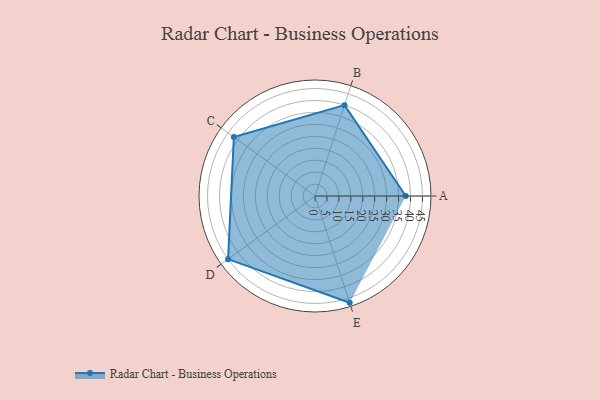
{"axis": {"x": "Skill", "y": "Score"}, "legend": ["Profile"], "data": [{"x": "A", "y": 38.0, "type": "Profile"}, {"x": "B", "y": 40.0, "type": "Profile"}, {"x": "C", "y": 42.0, "type": "Profile"}, {"x": "D", "y": 45.0, "type": "Profile"}, {"x": "E", "y": 47.0, "type": "Profile"}]}